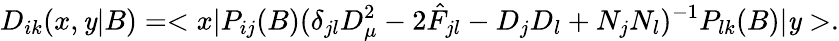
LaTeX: D_{ik}(x,\mathit{y}|B)=<x|P_{ij}(B)(\delta_{jl}D_{\mu}^{2}-2\hat{{F}}_{jl}-D_{j}D_{l}+N_{j}N_{l})^{-1}P_{lk}(B)|\mathit{y}>.